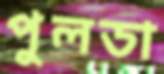
পুলডা